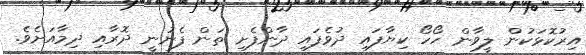
އިރުކޮޅަކުން ލީވާން ހޯހޯ ކިޔާފައި ދުވެފައި ދާންފެށި ތަން ފެނުނީ ދޮރާއި ދިމާއަށެވެ.